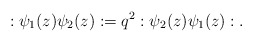
\begin{align*}:\psi_1(z) \psi_2(z): = q^2 : \psi_2(z) \psi_1(z):.\end{align*}